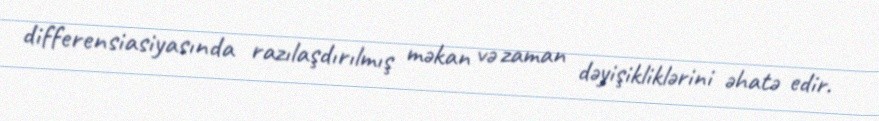
differensiasiyasında razılaşdırılmış məkan və zaman dəyişikliklərini əhatə edir.